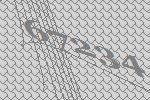
67234